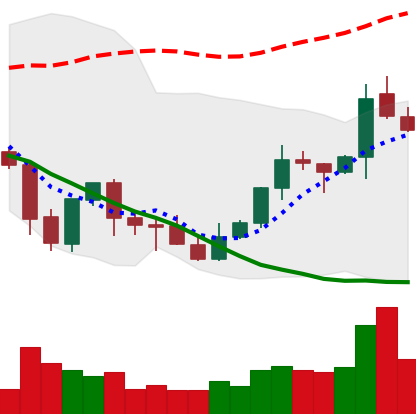
Ticker: XLM-USD
Chart end date: 2021-10-08
Forward return: 9.485%
Label: up_7plus